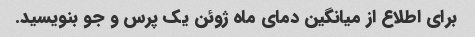
برای اطلاع از میانگین دمای ماه ژوئن یک پرس و جو بنویسید.